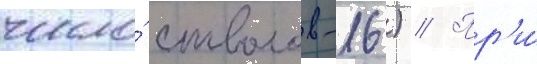
число́ стволов-16) // Пр'и́